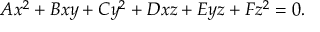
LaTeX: A x ^ { 2 } + B x y + C y ^ { 2 } + D x z + E y z + F z ^ { 2 } = 0 .